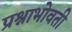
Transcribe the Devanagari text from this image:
प्रश्नाभोवती